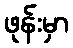
ဖုန်းမှာ